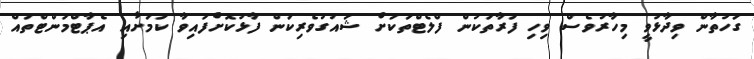
ގަހުތާން ވިދާޅުވީ މިހާރުވެސް ވިހި ފަރާތަކުން ފްލެޓްތަކަށް ޝައުގުވެރިކަން ފާޅުކޮށްފައިވާ ކަމަށާއި އެޕާޓްމަންޓްތައް